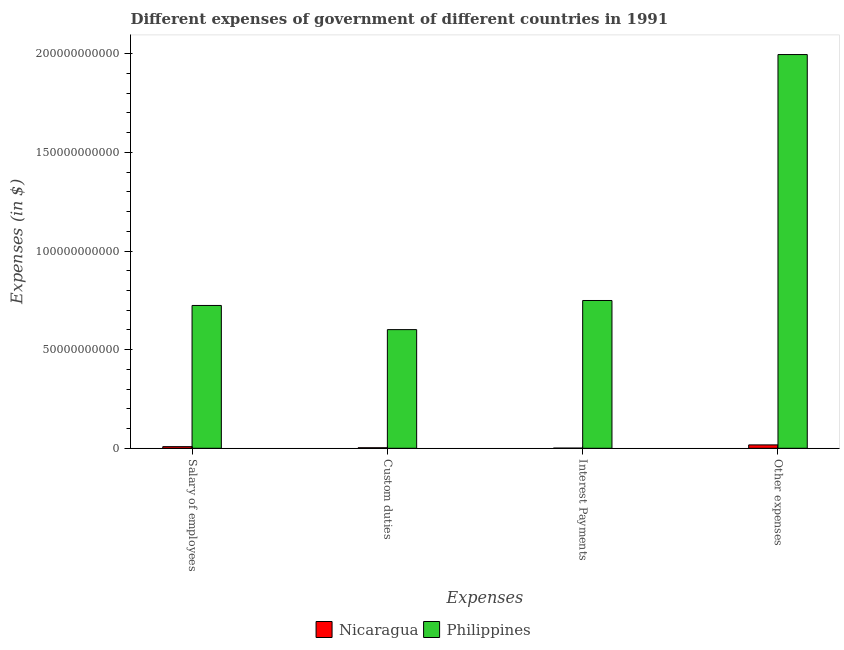
| Expenses | Nicaragua | Philippines |
 | --- | --- | --- |
 | Salary of employees | 8.26e+08 | 7.24e+10 |
 | Custom duties | 2.67e+08 | 6.02e+10 |
 | Interest Payments | 8.48e+07 | 7.49e+10 |
 | Other expenses | 1.71e+09 | 2e+11 |